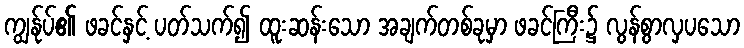
ကျွန်ုပ်၏ ဖခင်နှင့် ပတ်သက်၍ ထူးဆန်းသော အချက်တစ်ခုမှာ ဖခင်ကြီး၌ လွန်စွာလှပသော